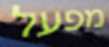
מפעל